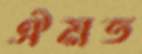
ঐমত